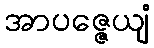
အာပဇ္ဇေယျံ